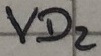
Text: VD2